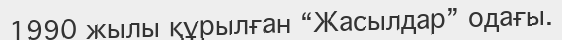
1990 жылы құрылған “Жасылдар” одағы.